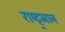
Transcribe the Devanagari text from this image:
राष्ट्र्भान